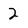
Character: 2